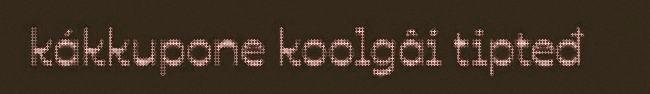
kákkupone koolgâi tipteđ